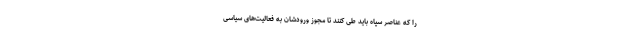
را که عناصر سپاه باید طی کنند تا مجوز ورودشان به فعالیت‌های سیاسی